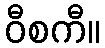
ဝီစကီ။